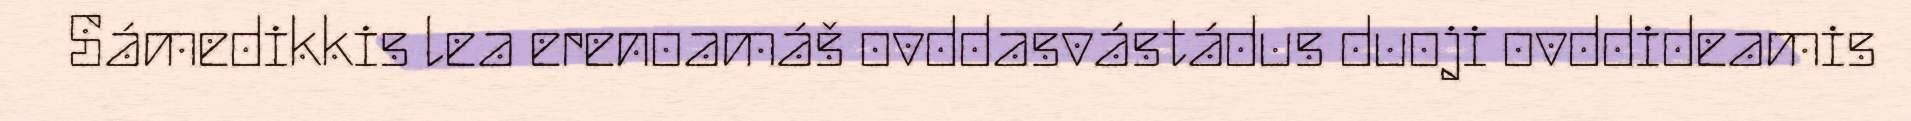
Sámedikkis lea erenoamáš ovddasvástádus duoji ovddideamis